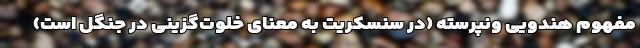
مفهوم هندویی وَنَپرَسته (در سنسکریت به معنای خلوت‌گزینی در جنگل است)